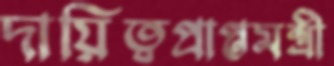
দায়িত্বপ্রাপ্তমন্ত্রী